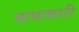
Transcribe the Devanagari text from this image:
बाधाकारी